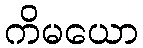
ကိမယော